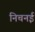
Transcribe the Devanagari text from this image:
निचनई